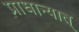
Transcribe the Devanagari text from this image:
प्राधान्यात्